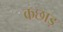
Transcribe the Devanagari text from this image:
कछाड़